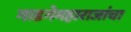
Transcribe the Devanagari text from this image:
गाडगेमहाराजांचा